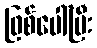
ဖြစ်ပေါ်ပြီး